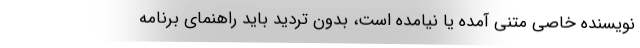
نویسنده خاصی متنی آمده یا نیامده است، بدون تردید باید راهنمای برنامه